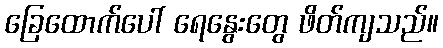
ခြေထောက်ပေါ် ရေနွေးတွေ ဖိတ်ကျသည်။